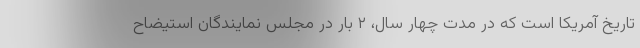
تاریخ آمریکا است که در مدت چهار سال، ۲ بار در مجلس نمایندگان استیضاح